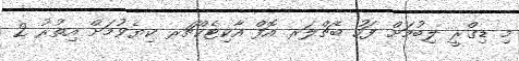
މި ޑިގްރީ ލިބުމަށް ފަހު ބެޗްލަރ އޮފް އާކިޓެކްޗަރ ކިޔެވުމަށް އިތުރު 2